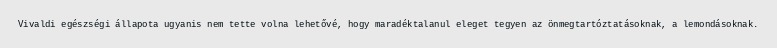
Vivaldi egészségi állapota ugyanis nem tette volna lehetővé, hogy maradéktalanul eleget tegyen az önmegtartóztatásoknak, a lemondásoknak.